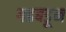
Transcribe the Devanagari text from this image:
गडबडून